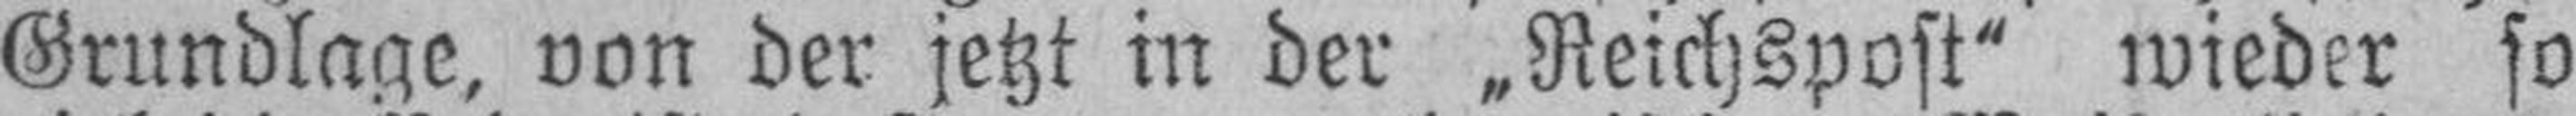
Grundlage, von der jetzt in der „Reichspost“ wieder so